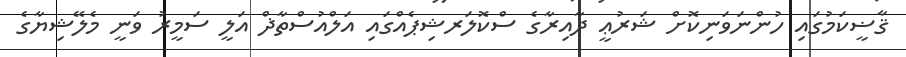
ޤާޟީކަމުގައި ހުންނަވަނިކޮށް ޝަރުޢީ ދާއިރާގެ ސްކޮލަރޝިޕެއްގައި އަލްއުސްތާޛް އަލީ ސަމީރު ވަނީ މެލޭޝިޔާގެ